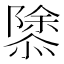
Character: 𢡣